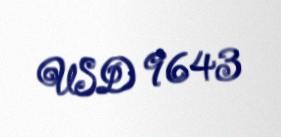
USD 9643